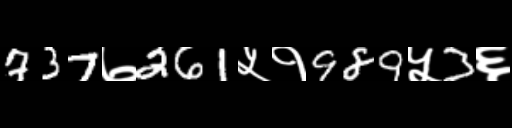
Text: 737७261५१989५3६